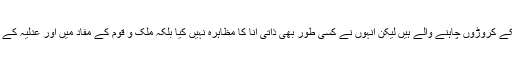
انہو نے کہا کہ جناب الطافا حسین ایک بڑے رہنما ہیں، انکے کروڑوں چاہنے والے ہیں لیکن انہوں نے کسی طور بھی ذاتی انا کا مظاہرہ نہیں کیا بلکہ ملک و قوم کے مفاد میں اور عدلیہ کے تقدس کی خاطر وسیع القلبی کا قابل ستائش عمل اختیار کیا۔